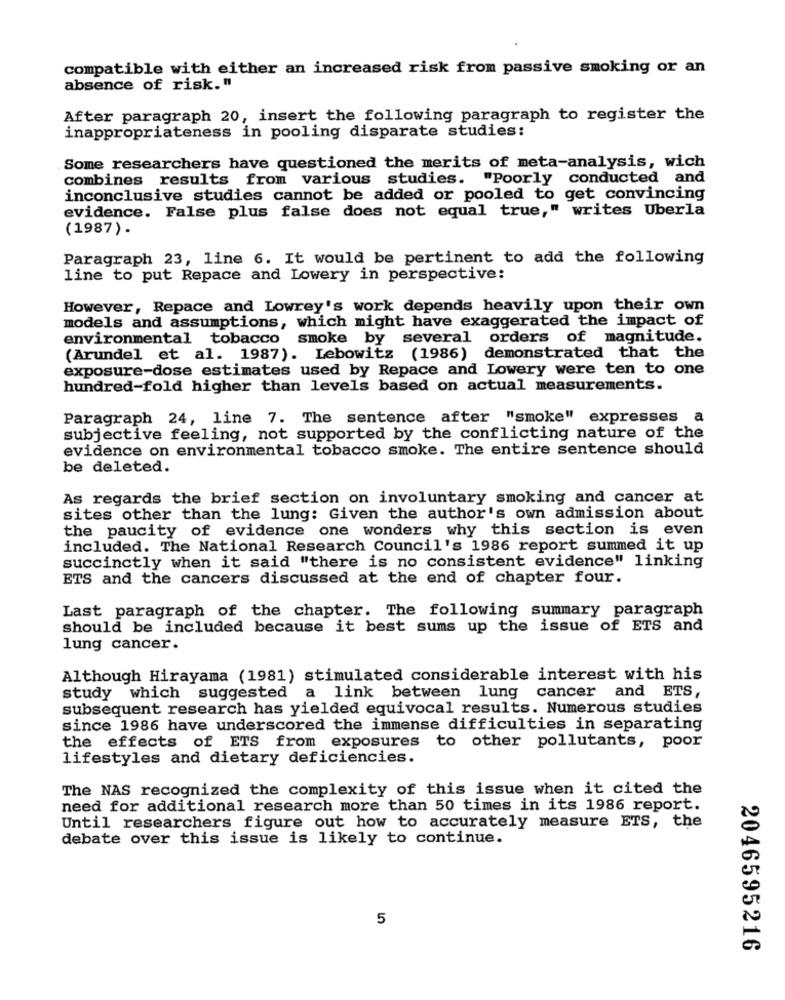
compatible with either an increased risk from passive smoking or an
absence of risk."
After paragraph 20, insert the following paragraph to register the
inappropriateness in pooling disparate studies:
Some researchers have questioned the merits of meta-analysis, wich
combines results from various studies. "Poorly conducted and
inconclusive studies cannot be added or pooled to get convincing
evidence. False plus false does not equal true," writes Uberla
(1987) .
Paragraph 23, line 6. It would be pertinent to add the following
line to put Repace and Lowery in perspective:
However, Repace and Lowrey's work depends heavily upon their own
models and assumptions, which might have exaggerated the impact of
environmental tobacco smoke by several orders of magnitude.
(Arundel et al. 1987). Lebowitz (1986) demonstrated that the
exposure-dose estimates used by Repace and Lowery were ten to one
hundred-fold higher than levels based on actual measurements.
Paragraph 24, line 7. The sentence after "smoke" expresses a
subjective feeling, not supported by the conflicting nature of the
evidence on environmental tobacco smoke. The entire sentence should
be deleted.
As regards the brief section on involuntary smoking and cancer at
sites other than the lung: Given the author's own admission about
the paucity of evidence one wonders why this section is even
included. The National Research Council's 1986 report summed it up
succinctly when it said "there is no consistent evidence" linking
ETS and the cancers discussed at the end of chapter four.
Last paragraph of the chapter. The following summary paragraph
should be included because it best sums up the issue of ETS and
lung cancer.
Although Hirayama (1981) stimulated considerable interest with his
study which suggested a link between lung cancer and ETS,
subsequent research has yielded equivocal results. Numerous studies
since 1986 have underscored the immense difficulties in separating
the effects of ETS from exposures to other pollutants, poor
lifestyles and dietary deficiencies.
The NAS recognized the complexity of this issue when it cited the
need for additional research more than 50 times in its 1986 report.
Until researchers figure out how to accurately measure ETS, the
debate over this issue is likely to continue.
5
2046595216